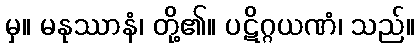
မှ။ မနုဿာနံ၊ တို့၏။ ပဋိဂ္ဂယဏံ၊ သည်။